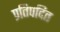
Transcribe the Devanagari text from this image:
प्रतिपदित